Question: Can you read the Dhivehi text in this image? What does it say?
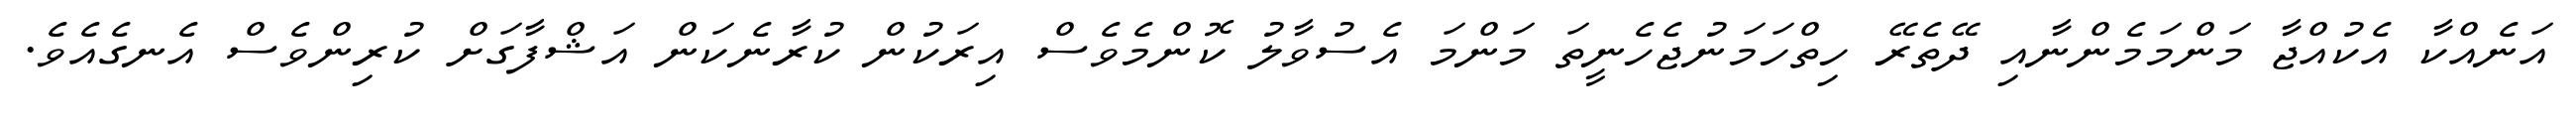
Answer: އަނެއްކާ އެކުއްޖާ މަންމަމެންނާއި ދޭތެރޭ ހިތްހަމަނުޖެހެނީތަ މަންމަ އެސުވާލު ކޮންމެވެސް އިރަކުން ކުރާނެކަން އަޝްފާގަށް ކުރިންވެސް އެނގެއެވެ.